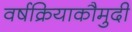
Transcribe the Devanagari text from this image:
वर्षक्रियाकौमुदी